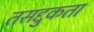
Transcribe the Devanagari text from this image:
तसद्दुकता